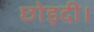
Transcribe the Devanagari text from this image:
छोड़दी।